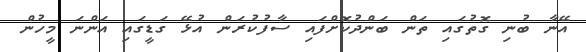
އޭނާ ބުނި ގޮތުގައި ތަން ބަންދުކޮށްފައި ސާފުކުރަން އުޅޭ ގަޑީގައި އަންނަ މީހުން